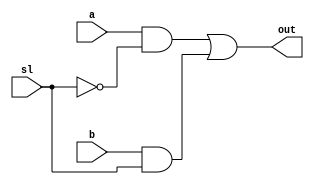
module muxtwo(out, a, b, sl);
    input a, b, sl;
    output out;
        not u1(nsl, sl);
        and #1 u2(sela, a, nsl);
        and #1 u3(selb, b, sl);
        or #1 u4(out, sela, selb);
endmodule